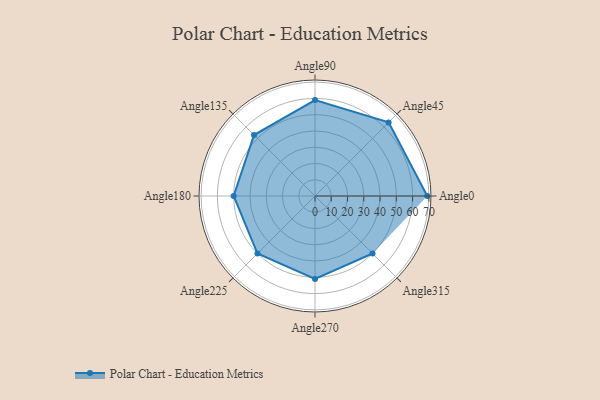
{"axis": {"x": "Angle", "y": "Radius"}, "legend": [""], "data": [{"x": "Angle0", "y": 69.0, "type": ""}, {"x": "Angle45", "y": 64.0, "type": ""}, {"x": "Angle90", "y": 59.0, "type": ""}, {"x": "Angle135", "y": 53.0, "type": ""}, {"x": "Angle180", "y": 50, "type": ""}, {"x": "Angle225", "y": 50, "type": ""}, {"x": "Angle270", "y": 51.0, "type": ""}, {"x": "Angle315", "y": 50, "type": ""}]}